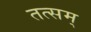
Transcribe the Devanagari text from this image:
तत्सम्